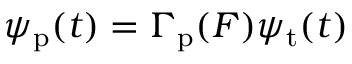
\psi _ { \mathrm { p } } ( t ) = \Gamma _ { \mathrm { p } } ( F ) \psi _ { \mathrm { t } } ( t )